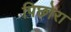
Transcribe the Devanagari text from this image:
पिछोरा